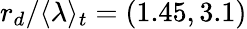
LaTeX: r_{d}/\langle\lambda\rangle_{t}=(1.45,3.1)